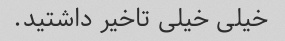
خیلی خیلی تاخیر داشتید.